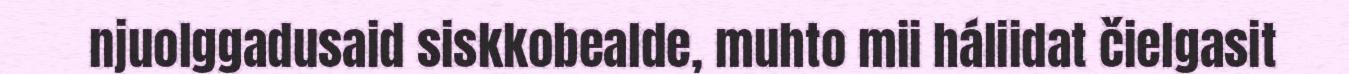
njuolggadusaid siskkobealde, muhto mii háliidat čielgasit